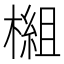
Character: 𬄗